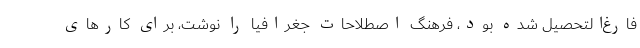
فارغ‌التحصیل شده بود، فرهنگ اصطلاحات جغرافیا را نوشت، برای کارهای